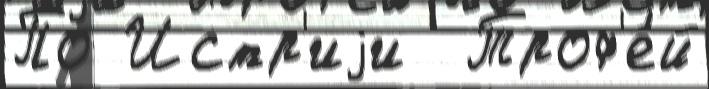
По Истр'иjи  Троф'е́й